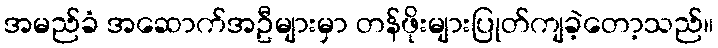
အမည်ခံ အဆောက်အဦများမှာ တန်ဖိုးများပြုတ်ကျခဲ့တော့သည်။